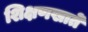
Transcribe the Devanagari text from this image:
शिक्षणखाते